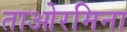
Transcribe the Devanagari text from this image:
ताओरमिना